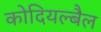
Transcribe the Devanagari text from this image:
कोदियल्बैल